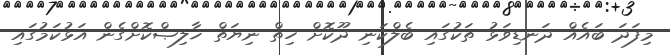
މިފަދަ ބައެއް ދަނޑިވަޅު ތަކުގައި ބެލްކަނި ދޫކޮށް ހިތް ނިޔަތް ޚާލިޞްކޮށްގެން އަޅުކަމުގައި